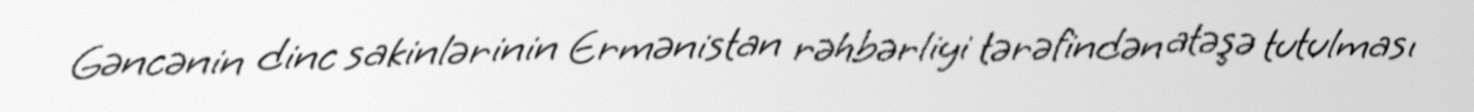
Gəncənin dinc sakinlərinin Ermənistan rəhbərliyi tərəfindən atəşə tutulması